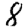
Digit: 8